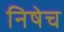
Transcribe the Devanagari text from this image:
निषेच